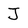
Character: J